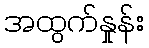
အထွက်နှုန်း